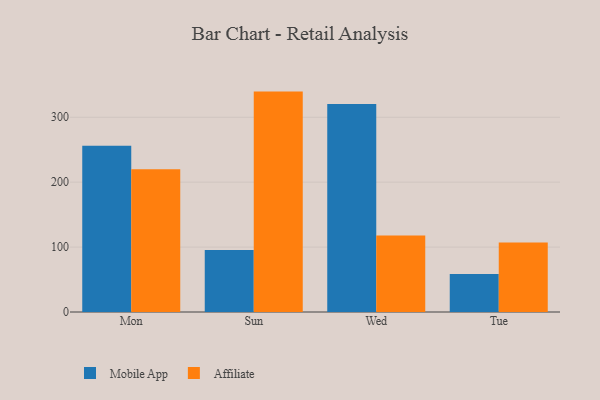
{"axis": {"x": "Day", "y": "Net Income (USD K)"}, "legend": ["Affiliate", "Mobile App"], "data": [{"x": "Mon", "y": 256.1, "type": "Mobile App"}, {"x": "Mon", "y": 220.0, "type": "Affiliate"}, {"x": "Sun", "y": 95.6, "type": "Mobile App"}, {"x": "Sun", "y": 339.5, "type": "Affiliate"}, {"x": "Wed", "y": 320.5, "type": "Mobile App"}, {"x": "Wed", "y": 117.7, "type": "Affiliate"}, {"x": "Tue", "y": 58.5, "type": "Mobile App"}, {"x": "Tue", "y": 106.9, "type": "Affiliate"}]}